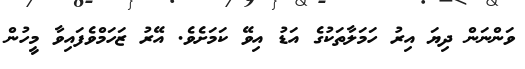
ވަންނަން ދިޔަ އިރު ހަމަލާތަކުގެ އަޑު އިވޭ ކަމަށެވެ. އޭރު ޒަހަމްވެފައިވާ މީހުން